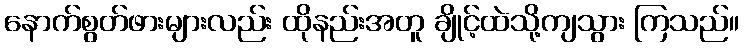
နောက်စွတ်ဖားများလည်း ထိုနည်းအတူ ချိုင့်ထဲသို့ကျသွား ကြသည်။